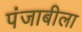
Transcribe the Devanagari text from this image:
पंजाबीला